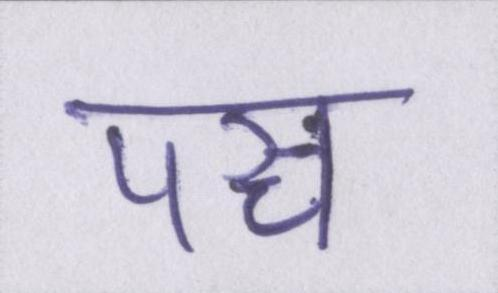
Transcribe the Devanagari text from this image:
पञ्च